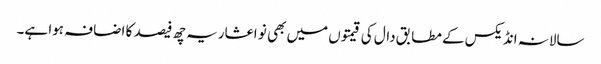
سالانہ انڈیکس کے مطابق دال کی قیمتوں میں بھی نو اعشاریہ چھ فیصد کا اضافہ ہوا ہے۔